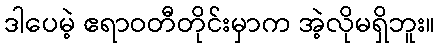
ဒါပေမဲ့ ဧရာဝတီတိုင်းမှာက အဲ့လိုမရှိဘူး။